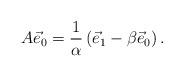
LaTeX: \begin{align*}A \vec e_0 = \frac{1}{\alpha} \left( \vec e_1 - \beta \vec e_0 \right).\end{align*}